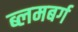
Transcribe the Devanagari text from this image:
ब्लमबर्ग